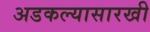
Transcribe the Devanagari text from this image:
अडकल्यासारखी